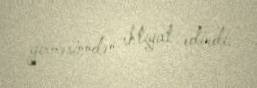
girməsinndən ehtiyat edirdi.